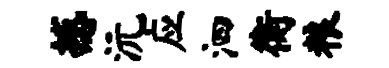
撼沅应泗衡粮